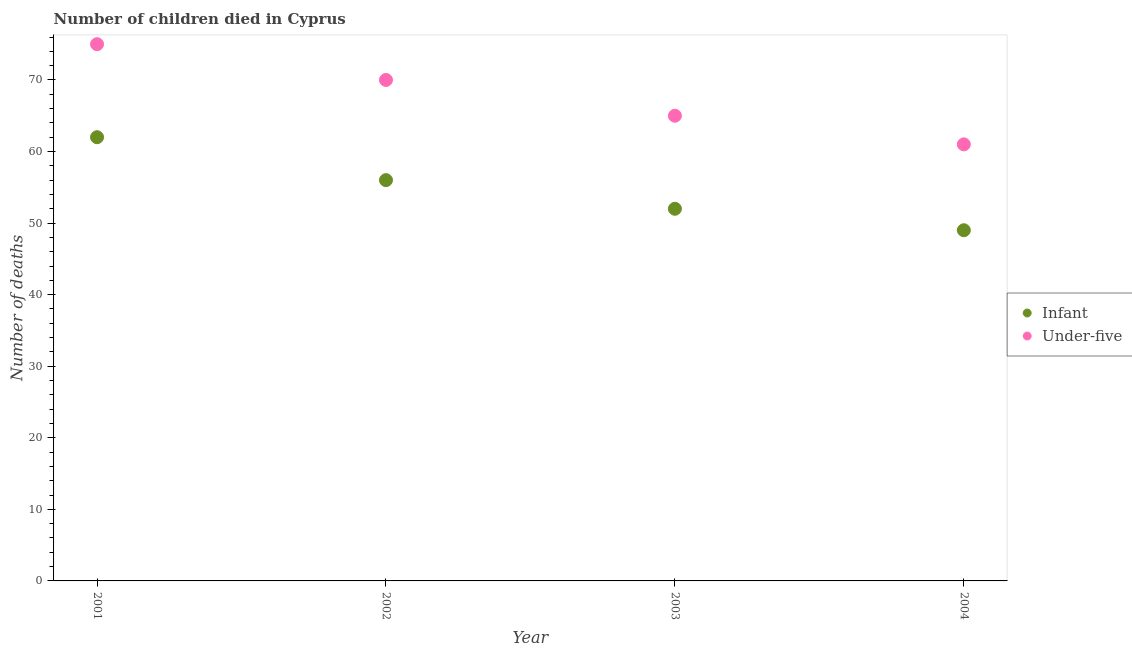
| Year | Infant | Under-five |
 | --- | --- | --- |
 | 2001 | 62 | 75 |
 | 2002 | 56 | 70 |
 | 2003 | 52 | 65 |
 | 2004 | 49 | 61 |